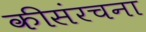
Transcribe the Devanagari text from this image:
कीसंरचना